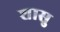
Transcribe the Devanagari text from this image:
शासु